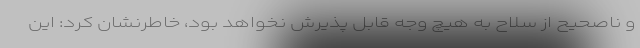
و ناصحیح از سلاح به هیچ وجه قابل پذیرش نخواهد بود، خاطرنشان کرد: این